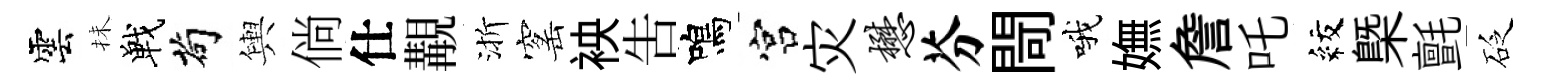
雲抺戰茍輿倘仕覯渐窰䘧吿鳴宫灾懋芬閜哦嫵詹吒紋槩氈砭